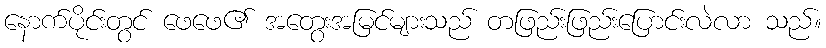
နောက်ပိုင်းတွင် ဖေဖေ၏ အတွေးအမြင်များသည် တဖြည်းဖြည်းပြောင်းလဲလာ သည်။